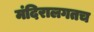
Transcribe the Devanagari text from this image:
मंदिरालगतच